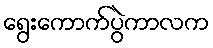
ရွေးကောက်ပွဲကာလက